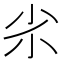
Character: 𡭝